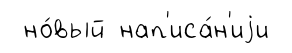
но́вый нап'иса́н'иjи